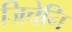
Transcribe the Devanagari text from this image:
जिचेनि